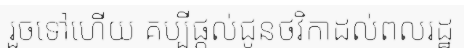
រួចទៅហើយ គប្បីផ្តល់ជូនថវិកាដល់ពលរដ្ឋ